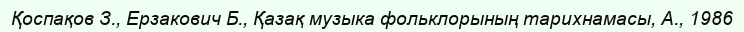
Қоспақов З., Ерзакович Б., Қазақ музыка фольклорының тарихнамасы, А., 1986